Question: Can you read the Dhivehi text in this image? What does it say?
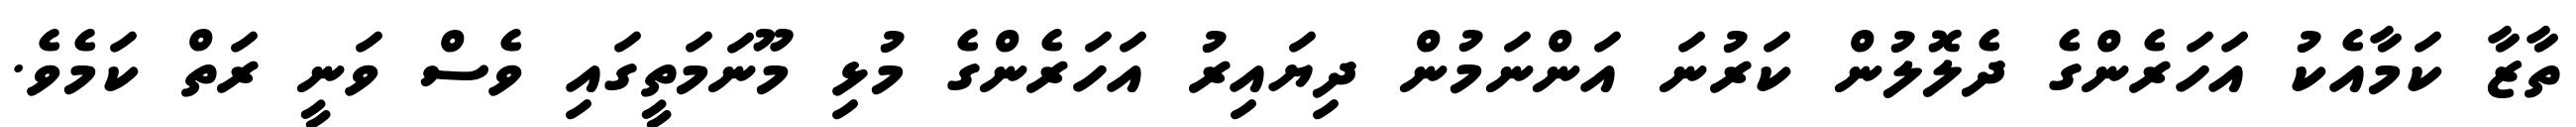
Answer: ތާޒާ ކަމާއެކު އަހަރެންގެ ދެލޮލުން ކަރުނަ އަންނަމުން ދިޔައިރު އަހަރެންގެ މުޅި މޫނަމަތީގައި ވެސް ވަނީ ރަތް ކަމެވެ.